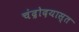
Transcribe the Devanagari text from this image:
चंद्रोदयास्त